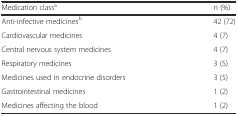
<table><thead><tr><td><b>Medication class<sup>a</sup></b></td><td><b>n (%)</b></td></tr></thead><tbody><tr><td>Anti-infective medicines<sup>b</sup></td><td>42 (72)</td></tr><tr><td>Cardiovascular medicines</td><td>4 (7)</td></tr><tr><td>Central nervous system medicines</td><td>4 (7)</td></tr><tr><td>Respiratory medicines</td><td>3 (5)</td></tr><tr><td>Medicines used in endocrine disorders</td><td>3 (5)</td></tr><tr><td>Gastrointestinal medicines</td><td>1 (2)</td></tr><tr><td>Medicines affecting the blood</td><td>1 (2)</td></tr></tbody></table>